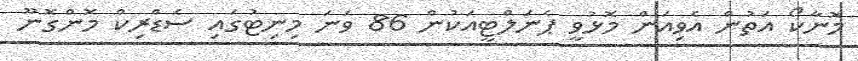
މޮނާކޯ އަތުން އެވިއަން މޮޅުވީ ޕެނަލްޓީއަކުން 86 ވަނަ މިނިޓުގައި ސެޑްރިކް މޮންގޮނޫ